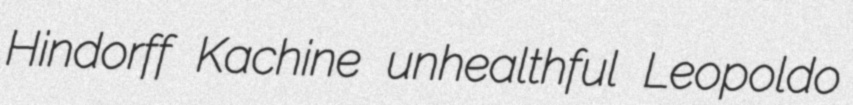
Hindorff Kachine unhealthful Leopoldo